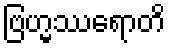
ဗြဟ္မဿရောတိ